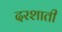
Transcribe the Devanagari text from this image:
दरशाती